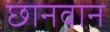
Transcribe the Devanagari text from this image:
छानवान